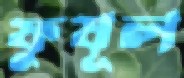
ফুযূল